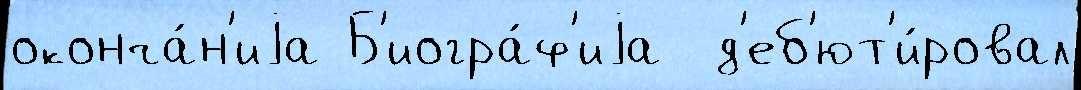
оконча́н'иjа Б'иогра́ф'иjа  д'еб'ют'и́ровал